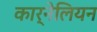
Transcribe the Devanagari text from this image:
कार्नेलियन